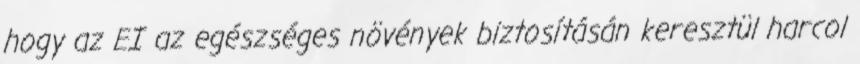
hogy az EI az egészséges növények biztosításán keresztül harcol